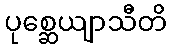
ပုစ္ဆေယျာသီတိ